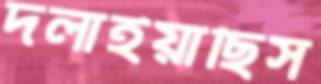
দলাইয়াছিস